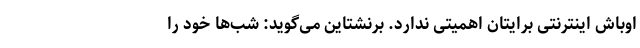
اوباش اینترنتی برایتان اهمیتی ندارد. برنشتاین می‌گوید: شب‌ها خود را